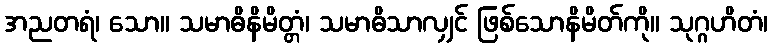
အညတရံ၊ သော။ သမာဓိနိမိတ္တံ၊ သမာဓိသာလျှင် ဖြစ်သောနိမိတ်ကို။ သုဂ္ဂဟိတံ၊